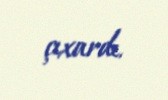
çıxardı.